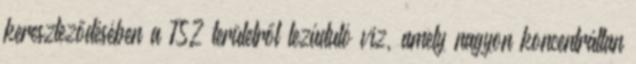
kereszteződésében a TSZ területről lezúduló víz, amely nagyon koncentráltan